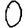
Digit: 0